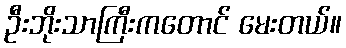
ဦးဘိုးသာကြီးကတောင် မေးတယ်။